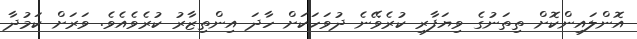
އޮންލައިންކޮށް ތިތަނުގެ ވިޔަފާރި ކުރެވޭނެ ދުވަހަކަށް ހާދަ އިންތިޒާރު ކުރެވެއެވެ. ވަރަށް ކަމުދާ